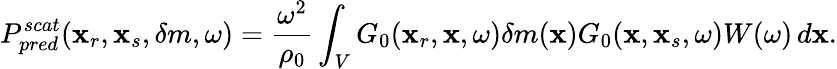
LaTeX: P_{pred}^{scat}(\textbf{x}_{r},\textbf{x}_{s},\delta m,\omega)=\frac{\omega^{2}}{\rho_{0}}\int_{V}G_{0}(\textbf{x}_{r},\textbf{x},\omega)\delta m(\textbf{x})G_{0}(\textbf{x},\textbf{x}_{s},\omega)W(\omega)\, d\textbf{x}.